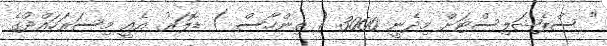
" ސްޕެޝަލިސްޓަށް މިދެނީ 3000 ( ތިންހާސް ) ޑޮލަރު. އެއީ މިސަރަހައްދުގެ